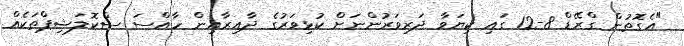
"އެގޮތުން ގްރޭޑް 8-12 ގައި ކިޔަވާ ދަރިވަރުންނަށް ކުޅިވަރުގެ ދާއިރާއިން ހާއްސަ ސްކޮލަޝިޕްތަކެއް